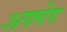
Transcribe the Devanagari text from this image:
अफ्पेप